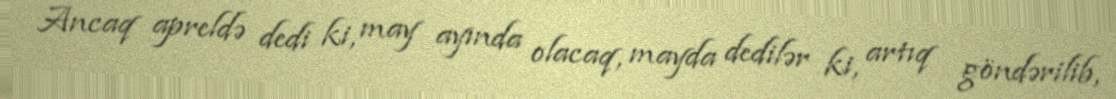
Ancaq apreldə dedi ki, may ayında olacaq, mayda dedilər ki, artıq göndərilib,